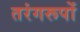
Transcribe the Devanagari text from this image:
तरंगरूपों